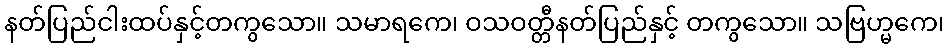
နတ်ပြည်ငါးထပ်နှင့်တကွသော။ သမာရကေ၊ ဝသဝတ္တီနတ်ပြည်နှင့် တကွသော။ သဗြဟ္မကေ၊